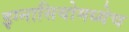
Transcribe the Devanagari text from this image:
इग्नासियोमध्येच